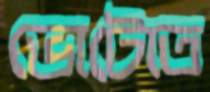
ভোটোত